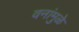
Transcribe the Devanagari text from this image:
वनांमुळे